Indian journal of veterinary science and animal husbandry - Volume 1,
Year: 1931
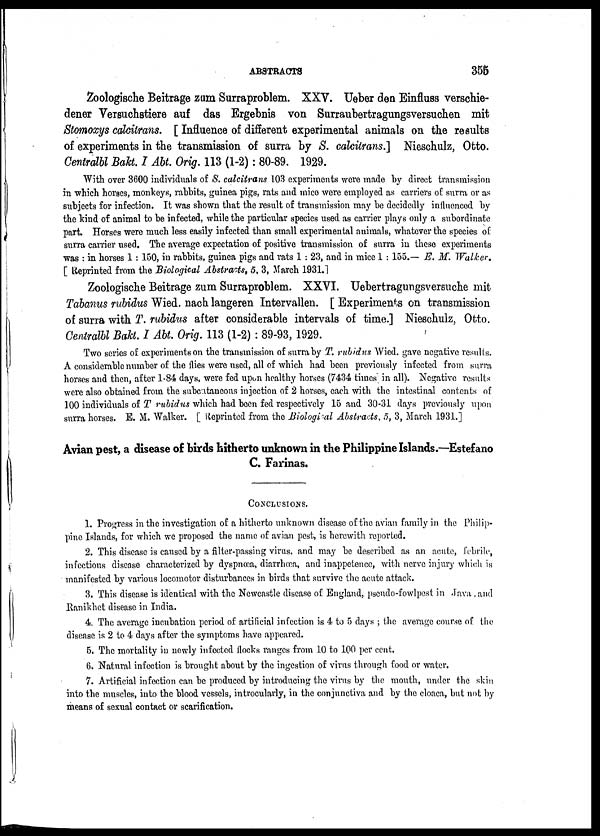
ABSTRACTS
355
Zoologische Beitrage zum Surraproblem. XXV. Ueber den Einfluss verschie-
dener Versuchstiere auf das Ergebnis von Surraubertragungsversuchen mit
Stomoxys calcitrans. [ Influence of different experimental animals on the results
of experiments in the transmission of surra by S. calcitrans.] Nieschulz, Otto.
Centralbl Bakt. I Abt. Orig. 113 (1-2): 80-89. 1929.
With over 3600 individuals of S. calcitrans 103 experiments were made by direct transmission
in which horses, monkeys, rabbits, guinea pigs, rats and mice were employed as carriers of surra or as
subjects for infection. It was shown that the result of transmission may be decidedly influenced by
the kind of animal to be infected, while the particular species used as carrier plays only a subordinate
part. Horses were much less easily infected than small experimental animals, whatever the species of
surra carrier used. The average expectation of positive transmission of surra in these experiments
was : in horses 1 : 150, in rabbits, guinea pigs and rats 1 : 23, and in mice 1 : 155.— E. M. Walker.
[ Reprinted from the Biological Abstracts, 5, 3, March 1931.]
Zoologische Beitrage zum Surraproblem. XXVI. Uebertragungsversuche mit
Tabanus rubidus Wied. nach langeren Intervallen. [ Experiments on transmission
of surra with T. rubidus after considerable intervals of time.] Nieschulz, Otto.
Centralbl Bakt. I Abt. Orig. 113 (1-2) : 89-93, 1929.
Two series of experiments on the transmission of surra by T. rubidus Wied. gave negative results.
A considerable number of the flies were used, all of which had been previously infected from surra
horses and then, after 1-84 days, were fed upon healthy horses (7434 times; in all). Negative results
were also obtained from the subcutaneous injection of 2 horses, each with the intestinal contents of
100 individuals of T rubidus which had been fed respectively 15 and 30-31 days previously upon
surra horses. E. M. Walker. [ Reprinted from the Biological Abstracts, 5, 3, March 1931.]
Avian pest, a disease of birds hitherto unknown in the Philippine Islands.—Estefano
C. Farinas.
CONCLUSIONS.
1. Progress in the investigation of a hitherto unknown disease of the avian family in the Philip-
pine Islands, for which we proposed the name of avian pest, is herewith reported.
2. This disease is caused by a filter-passing virus, and may be described as an acute, febrile,
infectious disease characterized by dyspnœa, diarrhœa, and inappetence, with nerve injury which is
manifested by various locomotor disturbances in birds that survive the acute attack.
3. This disease is identical with the Newcastle disease of England, pseudo-fowlpest in Java and
Ranikhet disease in India.
4. The average incubation period of artificial infection is 4 to 5 days ; the average course of the
disease is 2 to 4 days after the symptoms have appeared.
5. The mortality in newly infected flocks ranges from 10 to 100 per cent.
6. Natural infection is brought about by the ingestion of virus through food or water.
7. Artificial infection can be produced by introducing the virus by the mouth, under the skin
into the muscles, into the blood vessels, introcularly, in the conjunctiva and by the cloaca, but not by
means of sexual contact or scarification.